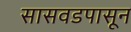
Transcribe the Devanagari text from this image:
सासवडपासून